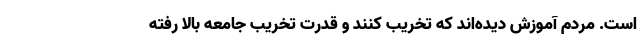
است. مردم آموزش دیده‌اند که تخریب کنند و قدرت تخریب جامعه بالا رفته